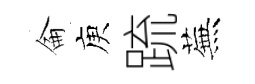
侖庾䟽蕪